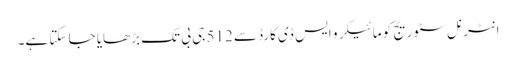
انٹرنل سٹوریج کو مائیکرو ایس ڈی کارڈ سے 512 جی بی تک بڑھایا جا سکتا ہے۔